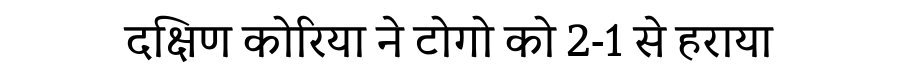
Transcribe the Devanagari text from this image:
दक्षिण कोरिया ने टोगो को 2-1 से हराया